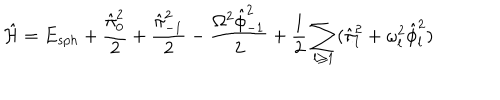
LaTeX: \hat { \cal H } = E _ { s p h } + { \frac { \hat { \pi } _ { 0 } ^ { 2 } } { 2 } } + { \frac { \hat { \pi } _ { - 1 } ^ { 2 } } { 2 } } - { \frac { \Omega ^ { 2 } \hat { \phi } _ { - 1 } ^ { 2 } } { 2 } } + { \frac { 1 } { 2 } } \sum _ { l \ge 1 } ( \hat { \pi } _ { l } ^ { 2 } + \omega _ { l } ^ { 2 } \hat { \phi } _ { l } ^ { 2 } )